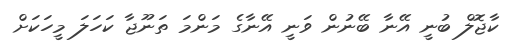
ކާޖޮލް ބުނީ އޭނާ ބޭނުން ވަނީ އޭނާގެ މަންމަ ތަނޫޖާ ކަހަލަ މީހަކަށް